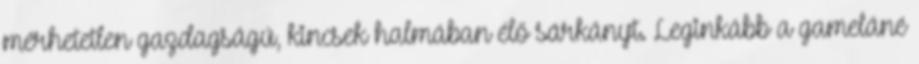
mérhetetlen gazdagságú, kincsek halmában élő sárkányt. Leginkább a gameláné